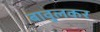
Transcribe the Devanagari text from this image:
बावुलकर